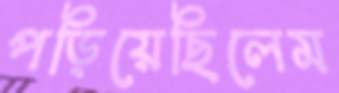
পড়িয়েছিলেম